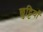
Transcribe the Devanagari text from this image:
छुट्टियाँ